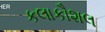
કલાકૌશલ